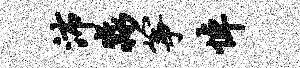
沛淼筝悼